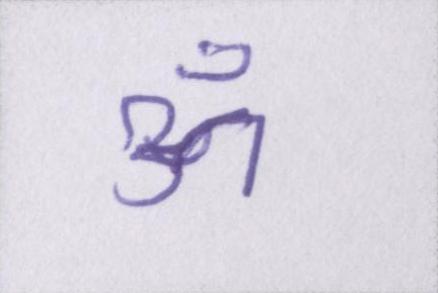
ॐ